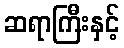
ဆရာကြီးနှင့်